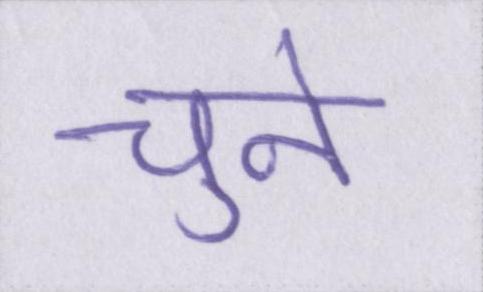
चुनें